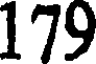
179